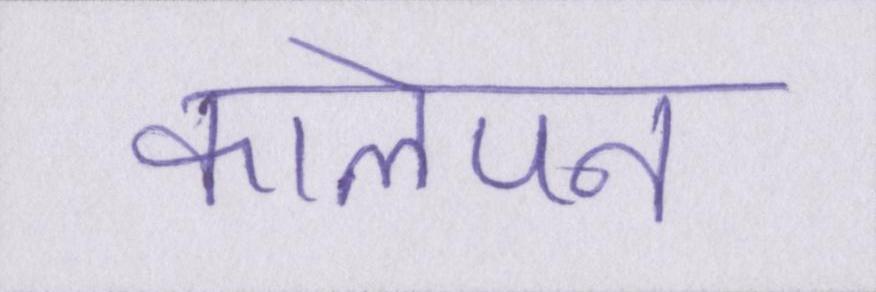
कालेपन